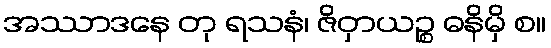
အဿာဒနေ တု ရသနံ၊ ဇိဝှာယဉ္စ ဓနိမှိ စ။